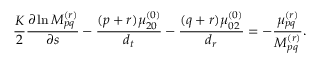
\frac { K } { 2 } \frac { \partial \ln M _ { p q } ^ { ( r ) } } { \partial s } - \frac { ( p + r ) \mu _ { 2 0 } ^ { ( 0 ) } } { { d _ { t } } } - \frac { ( q + r ) \mu _ { 0 2 } ^ { ( 0 ) } } { { d _ { r } } } = - \frac { \mu _ { p q } ^ { ( r ) } } { M _ { p q } ^ { ( r ) } } .